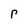
Character: r